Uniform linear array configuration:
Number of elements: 24
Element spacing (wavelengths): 0.5
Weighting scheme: kaiser
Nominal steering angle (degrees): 15
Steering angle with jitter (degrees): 14.253
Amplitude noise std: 0.05
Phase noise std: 0.05

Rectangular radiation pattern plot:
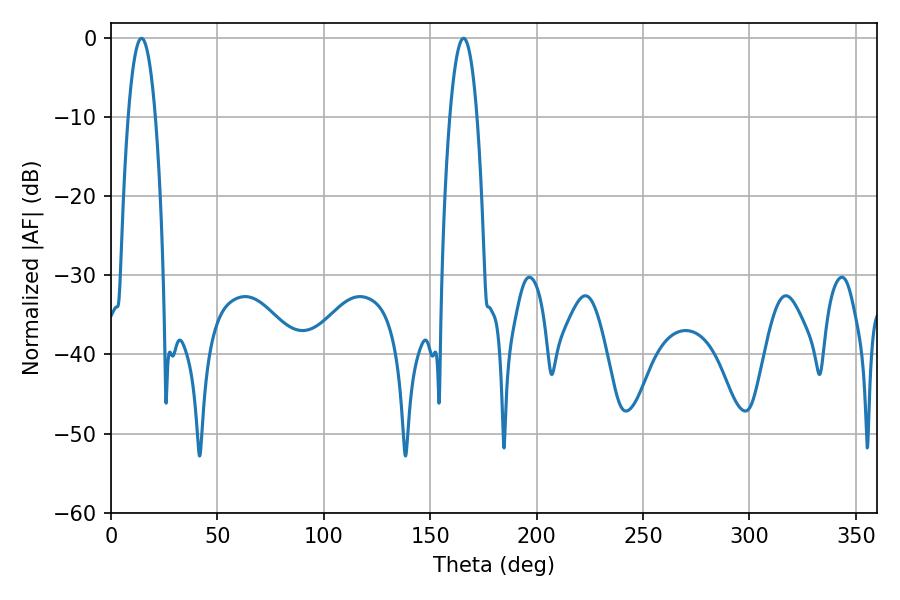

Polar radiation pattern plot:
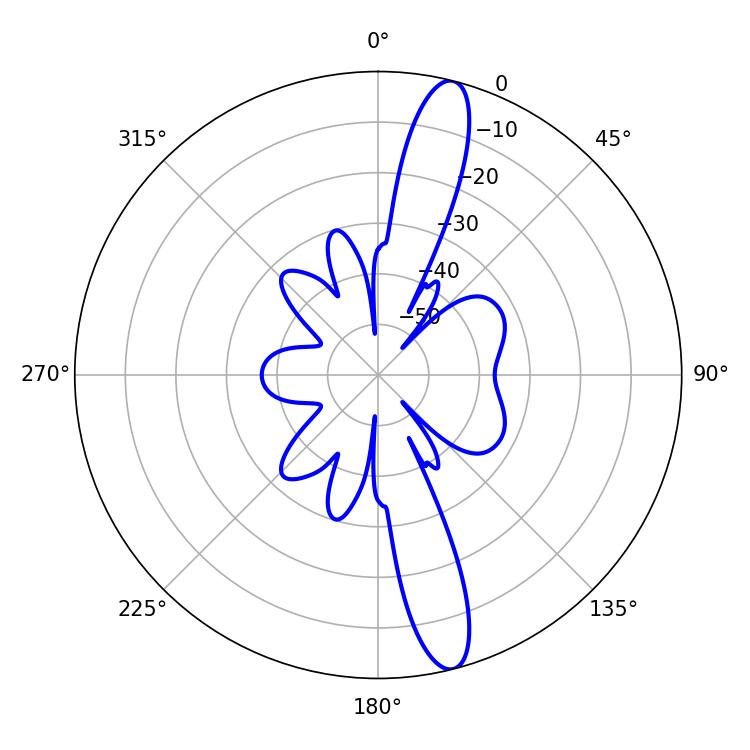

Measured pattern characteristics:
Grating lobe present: FALSE
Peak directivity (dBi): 14.814
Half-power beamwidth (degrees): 7.02
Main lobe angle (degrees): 14.4